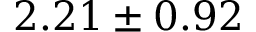
2 . 2 1 \pm 0 . 9 2